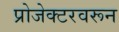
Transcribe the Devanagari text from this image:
प्रोजेक्टरवरून